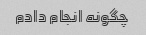
چگونه انجام دادم